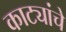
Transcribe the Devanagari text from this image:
काट्यांचे